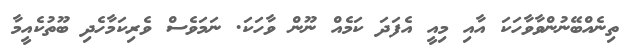
ތިނެއްބޭނުންވާވާހަކަ އާއި މިއީ އެފަދަ ކަމެއް ނޫން ވާހަކަ. ނަމަވެސް ވެރިކަމާހެދި ބޫތުކެއީމާ